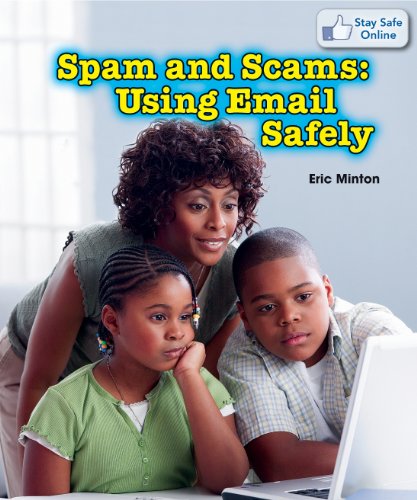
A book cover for Spam and Scams: Using Email Safely (Stay Safe Online); Eric Minton; Children's Books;